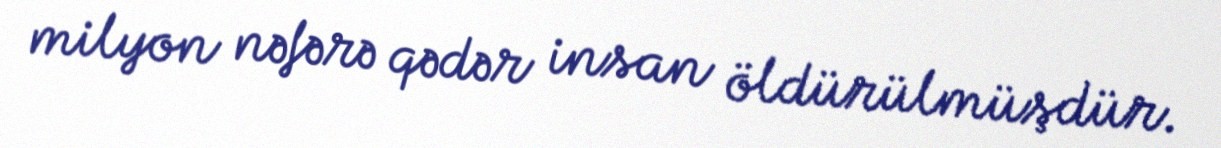
milyon nəfərə qədər insan öldürülmüşdür.